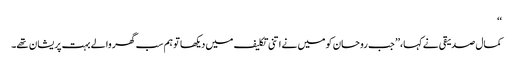
‘‘
کمال صدیقی نے کہا،’’ جب روحان کو میں نے اتنی تکلیف میں دیکھا تو ہم سب گھر والے بہت پریشان تھے۔